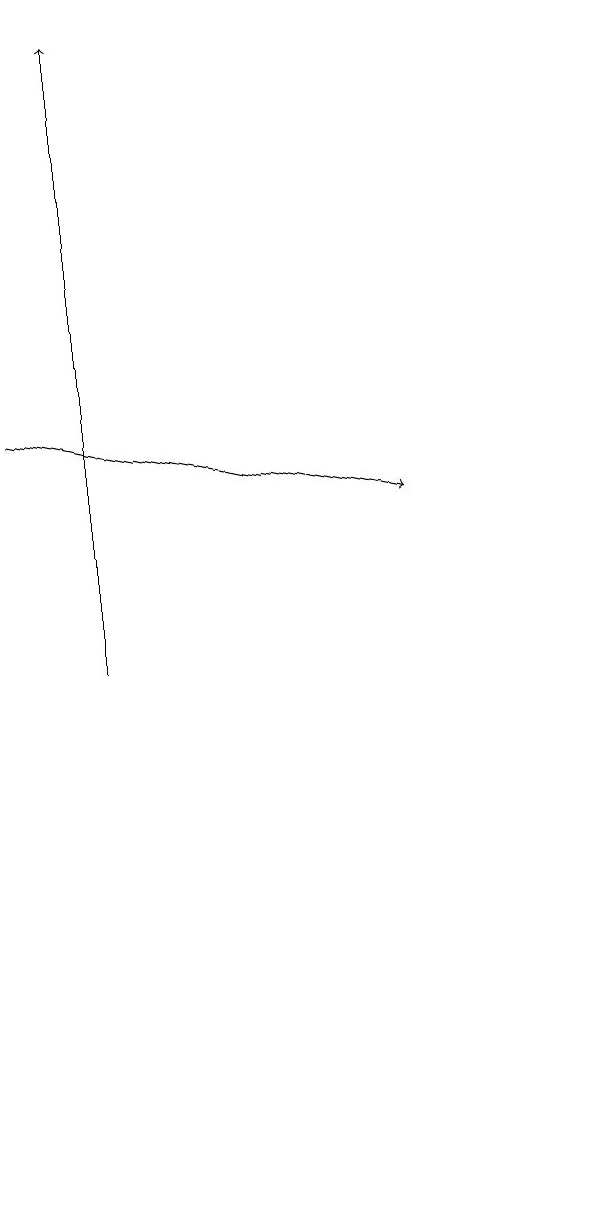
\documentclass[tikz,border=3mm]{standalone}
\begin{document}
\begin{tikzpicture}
\draw[->] (1,10) -- (1,18);
\draw (7,3) -- (7,4) -- (7,3) -- cycle;
\draw[->] (0,13) -- (5,12);
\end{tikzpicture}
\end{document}